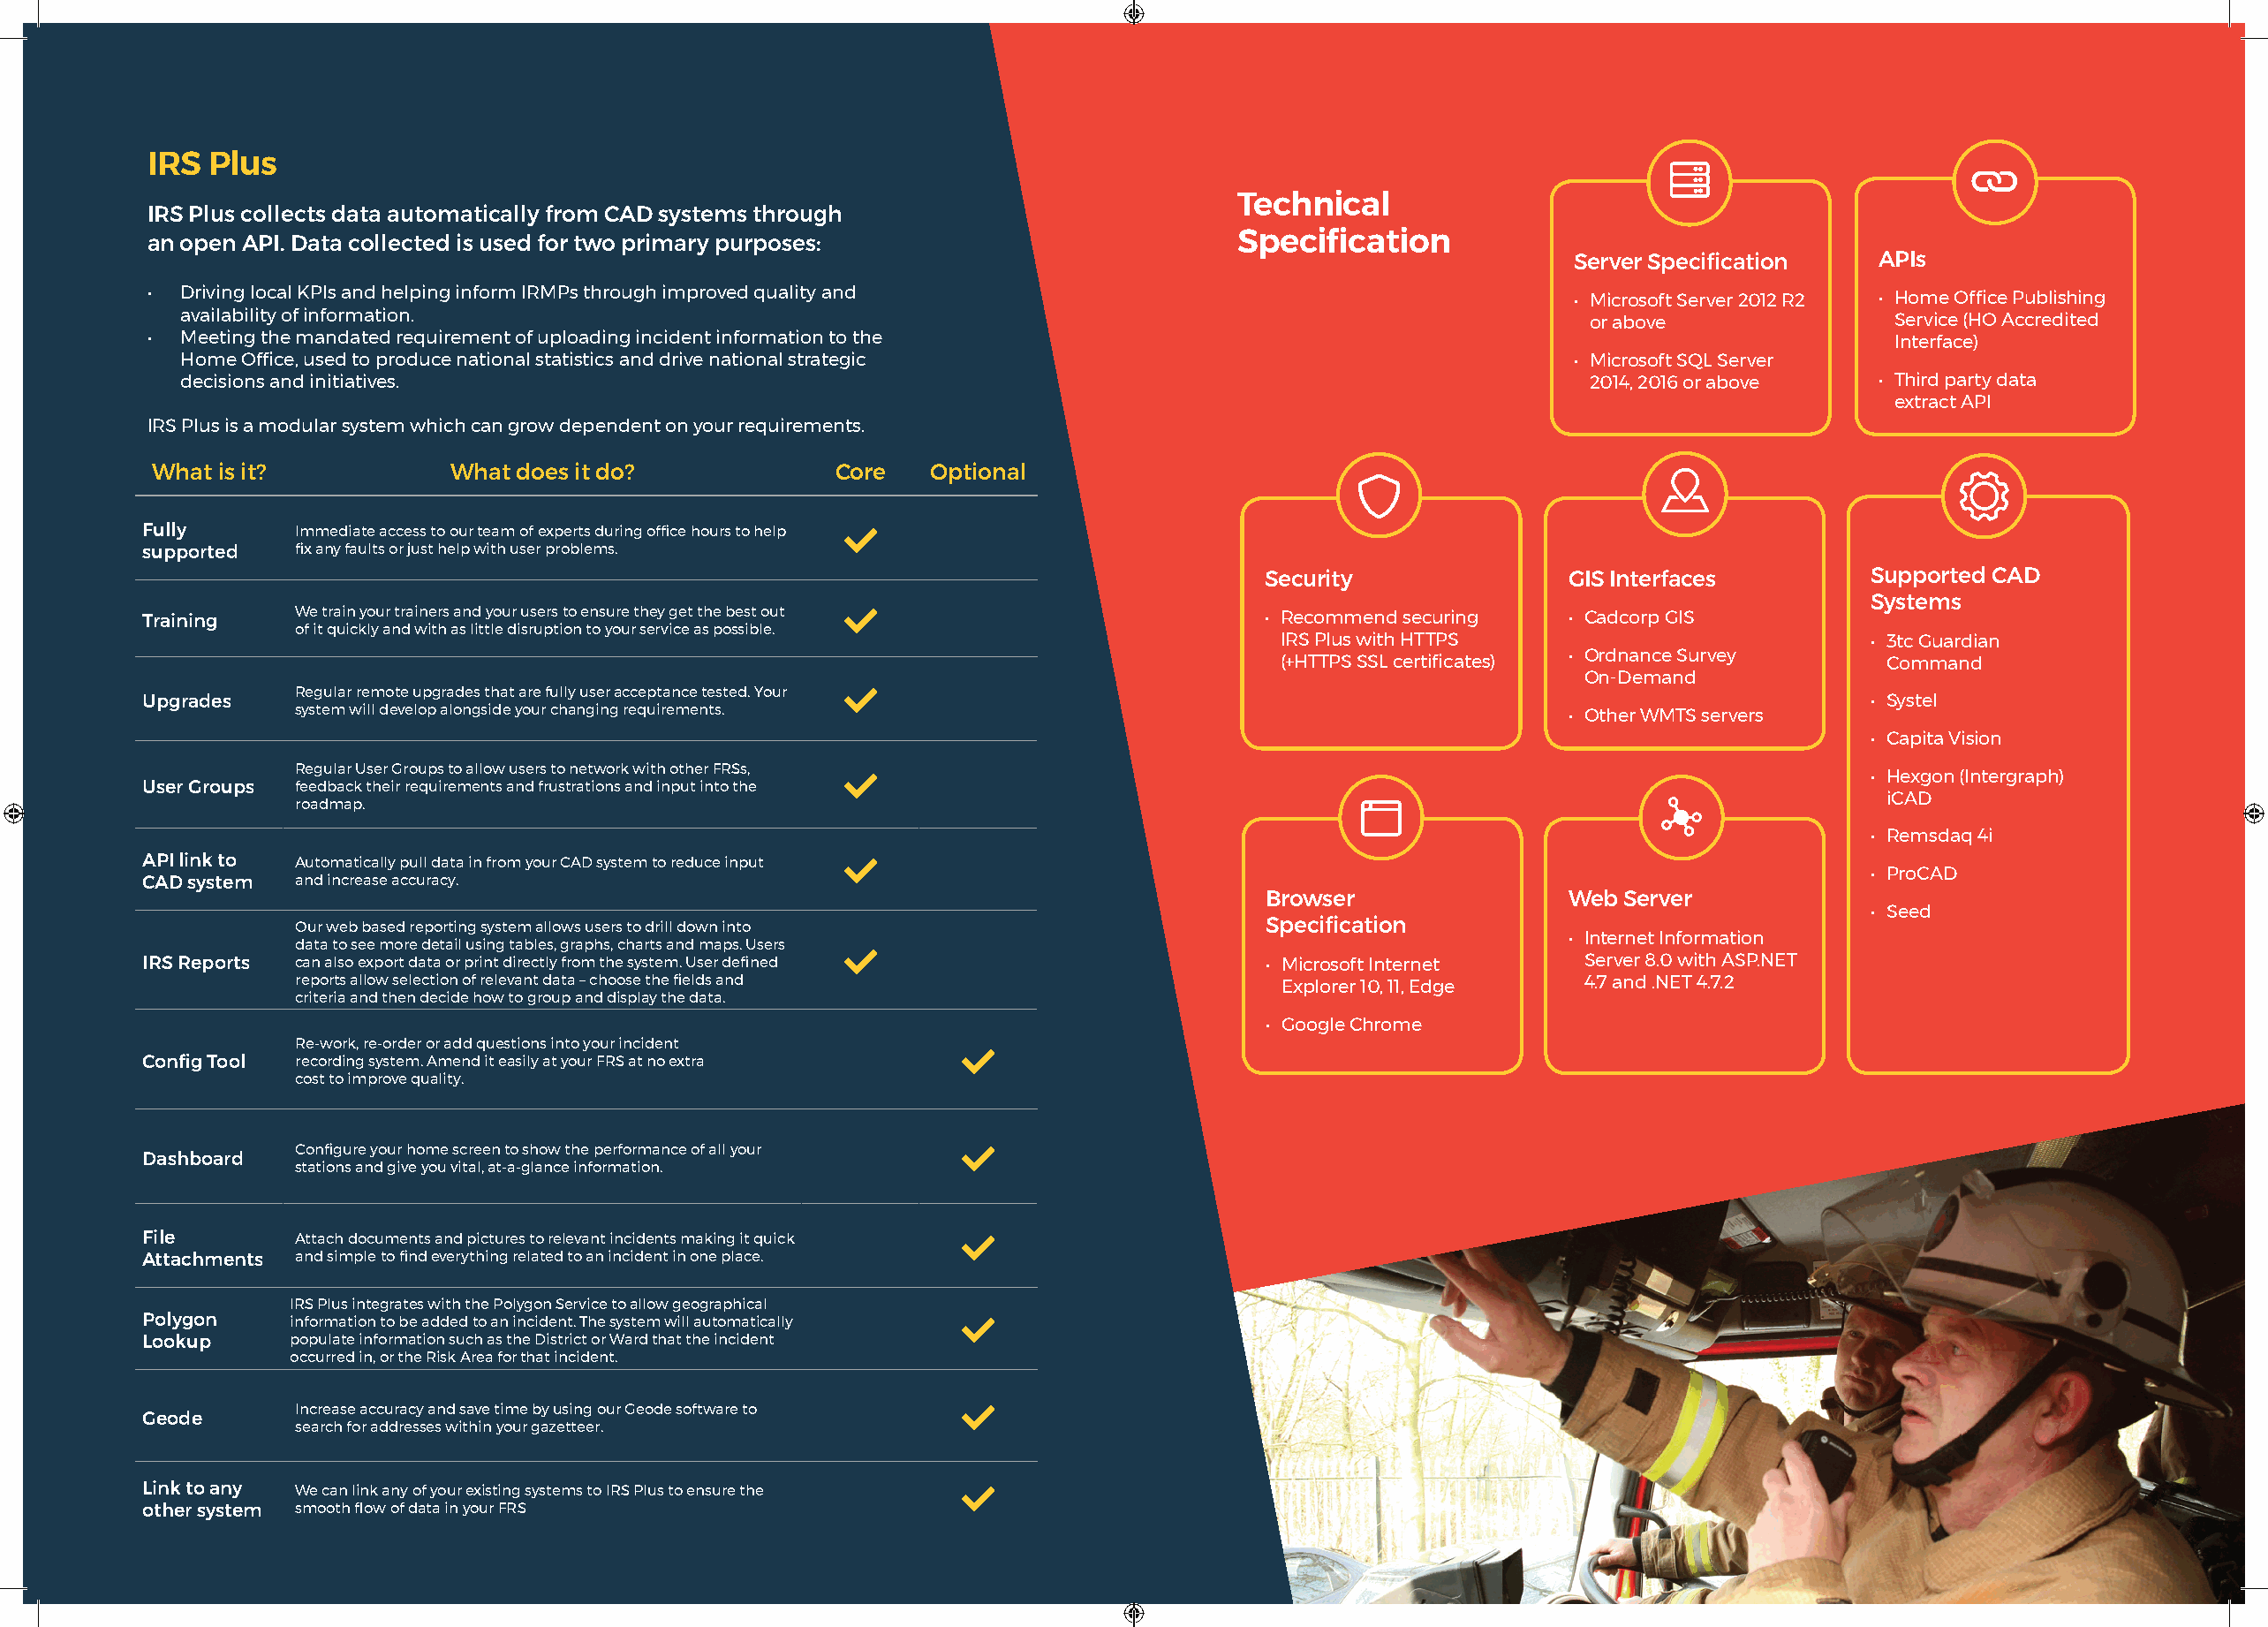
IRS  Plus
 Technical
 IRS Plus collects data automatically from CAD systems through
 an open API. Data collected is used for two primary purposes:                     Specification
 Server Specification   APIs
 •  Driving local KPIs and helping inform IRMPs through improved quality and                                • Microsoft Server 2012 R2 • Home Office Publishing
 availability of information.                                                                             or above               Service (HO Accredited
 •  Meeting the mandated requirement of uploading incident information to the                                                       Interface)
 Home Office, used to produce national statistics and drive national strategic                           • Microsoft SQL Server
 decisions and initiatives.                                                                               2014, 2016 or above   • Third party data
 extract API
 IRS Plus is a modular system which can grow dependent on your requirements.
 What is it?            What does it do?             Core   Optional
 Fully      Immediate access to our team of experts during office hours to help 
 supported  fix any faults or just help with user problems.
 Security               GIS Interfaces        Supported CAD
 Systems
 Training   We train your trainers and your users to ensure they get the best out   • Recommend securing   • Cadcorp GIS
 of it quickly and with as little disruption to your service as possible.
 IRS Plus with HTTPS                         • 3tc Guardian
 • Ordnance Survey
 (+HTTPS SSL certificates)                    Command
 On-Demand
 Regular remote upgrades that are fully user acceptance tested. Your 
 Upgrades                                                                                                                         • Systel
 system will develop alongside your changing requirements.                                       • Other WMTS servers
 • Capita Vision
 Regular User Groups to allow users to network with other FRSs,                                                       • Hexgon (Intergraph)
 User Groups feedback their requirements and frustrations and input into the
 iCAD
 roadmap.
 • Remsdaq 4i
 API link to Automatically pull data in from your CAD system to reduce input 
 • ProCAD
 CAD system and increase accuracy.
 Browser                Web Server
 • Seed
 Our web based reporting system allows users to drill down into           Specification
 • Internet Information
 data to see more detail using tables, graphs, charts and maps. Users 
 IRS Reports can also export data or print directly from the system. User defined    • Microsoft Internet    Server 8.0 with ASP.NET
 reports allow selection of relevant data – choose the fields and          Explorer 10, 11, Edge  4.7 and .NET 4.7.2
 criteria and then decide how to group and display the data.
 • Google Chrome
 Re-work, re-order or add questions into your incident 
 Config Tool recording system. Amend it easily at your FRS at no extra
 cost to improve quality.
 Configure your home screen to show the performance of all your 
 Dashboard
 stations and give you vital, at-a-glance information.
 File       Attach documents and pictures to relevant incidents making it quick 
 Attachments and simple to find everything related to an incident in one place.
 IRS Plus integrates with the Polygon Service to allow geographical
 Polygon    information to be added to an incident. The system will automatically 
 Lookup     populate information such as the District or Ward that the incident
 occurred in, or the Risk Area for that incident.
 Increase accuracy and save time by using our Geode software to 
 Geode
 search for addresses within your gazetteer.
 Link to any We can link any of your existing systems to IRS Plus to ensure the 
 other system smooth flow of data in your FRS